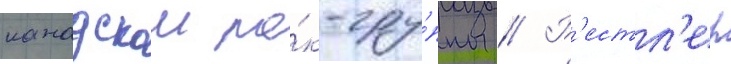
канадскои ро́к-гру́ппы // Р'естл'ер